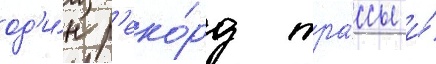
од'и́н р'еко́рд тра́ссы и́